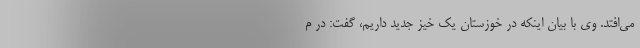
می‌افتد. وی با بیان اینکه در خوزستان یک خیز جدید داریم، گفت: در م